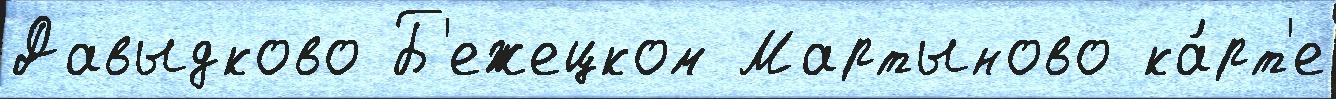
Давыдково Б'ежецком Мартыново ка́рт'е